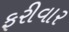
ફરીવાર